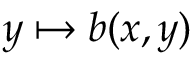
y \mapsto b ( x , y )